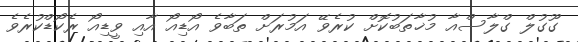
ގޫގުލް ގްލާސްއާ މުޚާތަބުކޮށް ކުރެވޭ އަމުރަށް ތަބާވެ އޯޑިއޯ އާއި ވީޑިއޯ ރެކޯޑްކުރެވެ